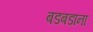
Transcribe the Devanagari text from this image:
बडबडाना